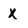
Character: x